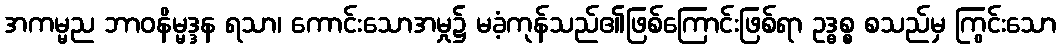
အကမ္မည ဘာဝနိမ္မဒ္ဒန ရသာ၊ ကောင်းသောအမှု၌ မခံ့ကုန်သည်၏ဖြစ်ကြောင်းဖြစ်ရာ ဥဒ္ဓစ္စ စသည်မှ ကြွင်းသော